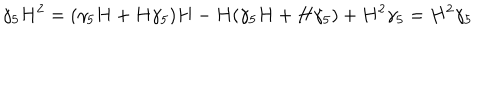
\gamma _ { 5 } H ^ { 2 } = ( \gamma _ { 5 } H + H \gamma _ { 5 } ) H - H ( \gamma _ { 5 } H + H \gamma _ { 5 } ) + H ^ { 2 } \gamma _ { 5 } = H ^ { 2 } \gamma _ { 5 }